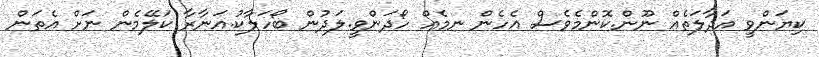
ކިޔަންވީ އަދާލަތެއް ނޫން.ކޮންމެވެސް އެހެން ނމެއް ހޯދަންވީ.ލަދުން ބޯހަލާކު.އަނާރާ ކަލޭމެން ނަށް އެތަން